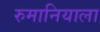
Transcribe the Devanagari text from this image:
रुमानियाला